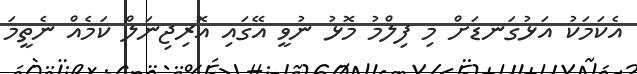
އެކަމަކު އަޅުގަނޑަށް މި ފިލްމު މޮޅު ނުވީ އޭގައި އޮރިޖިނަލް ކަމެއް ނެތީމަ